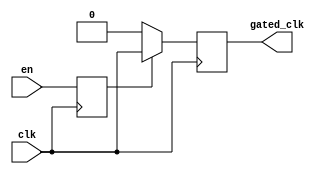
module clock_gating_buffer (
    input wire clk,       // Primary clock signal
    input wire en,       // Enable signal
    output reg gated_clk  // Gated clock output
);

// Internal signal for synchronization
reg clk_sync;

// Clock gating logic
always @(posedge clk) begin
    // Synchronize 'en' with the clock
    clk_sync <= en;
end

// Gated clock generation
always @(posedge clk) begin
    if (clk_sync) begin
        gated_clk <= clk;  // Pass through the clock when enabled
    end else begin
        gated_clk <= 1'b0; // Hold low when disabled
    end
end

endmodule